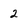
Character: 2